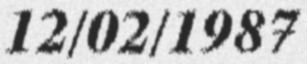
12/02/1987